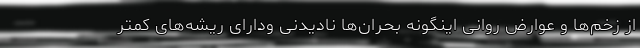
از زخم‌ها و عوارض روانی اینگونه بحران‌ها نادیدنی ودارای ریشه‌های کمتر